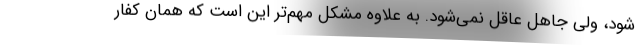
شود، ولی جاهل عاقل نمی‌شود. به علاوه مشکل مهم‌تر این است که همان کفار